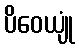
ပိဝေယျုံ